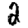
Digit: 2